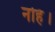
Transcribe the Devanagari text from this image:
नहिं।